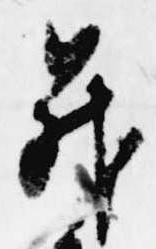
昇